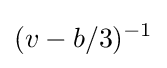
(v-b/3)^{-1}